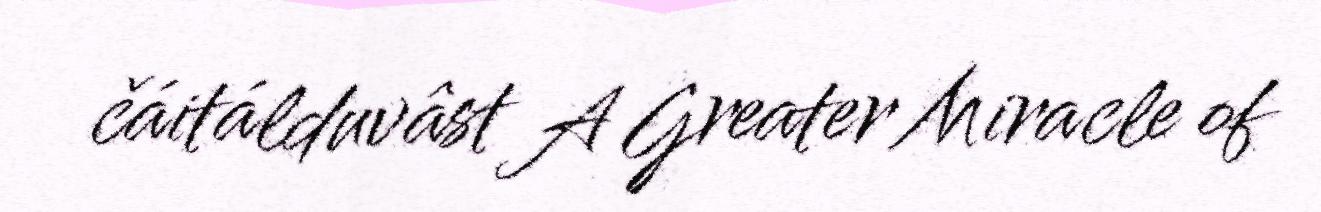
čáitálduvâst A Greater Miracle of